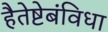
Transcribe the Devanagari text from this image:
हैतेष्टेबंविधा